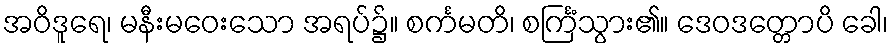
အဝိဒူရေ၊ မနီးမဝေးသော အရပ်၌။ စင်္ကမတိ၊ စင်္ကြံသွား၏။ ဒေဝဒတ္တောပိ ခေါ၊